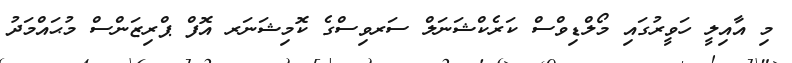
މި އާއިލީ ހަވީރުގައި މޯލްޑިވްސް ކަރެކްޝަނަލް ސަރވިސްގެ ކޮމިޝަނަރ އޮފް ޕްރިޒަންސް މުޙައްމަދު